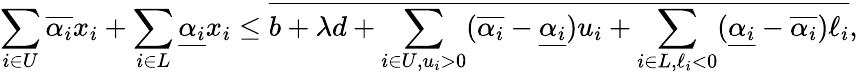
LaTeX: \sum_{i\in U}\overline{{\alpha_{i}}}x_{i}+\sum_{i\in L}\underline{{\alpha_{i}}}x_{i}\le\overline{{b+\lambda d+\sum_{i\in U,u_{i}>0}(\overline{{\alpha_{i}}}-\underline{{\alpha_{i}}})u_{i}+\sum_{i\in L,\ell_{i}<0}(\underline{{\alpha_{i}}}-\overline{{\alpha_{i}}})\ell_{i}}},